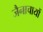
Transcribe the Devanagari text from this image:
जैनाचायों